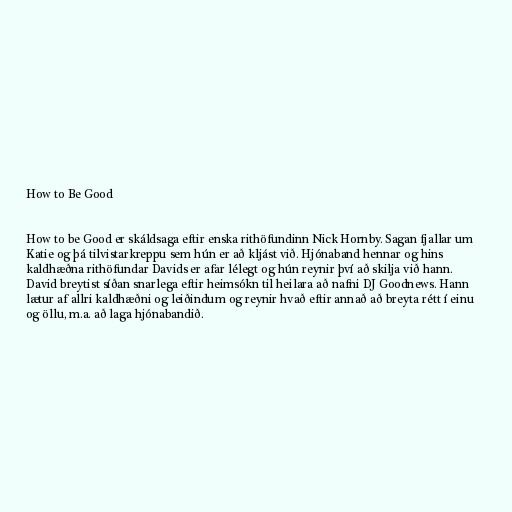
How to Be Good

How to be Good er skáldsaga eftir enska rithöfundinn Nick Hornby. Sagan fjallar um
Katie og þá tilvistarkreppu sem hún er að kljást við. Hjónaband hennar og hins
kaldhæðna rithöfundar Davids er afar lélegt og hún reynir því að skilja við hann.
David breytist síðan snarlega eftir heimsókn til heilara að nafni DJ Goodnews. Hann
lætur af allri kaldhæðni og leiðindum og reynir hvað eftir annað að breyta rétt í einu
og öllu, m.a. að laga hjónabandið.